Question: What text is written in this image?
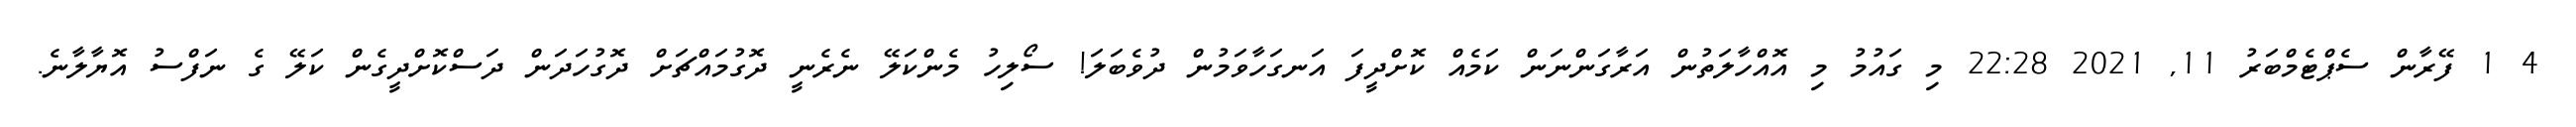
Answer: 4 1 ފޭރާން ސެޕްޓެމްބަރު 11, 2021 22:28 މި ގައުމު މި އޮއްހާލަތުން އަރާގަންނަން ކަމެއް ކޮށްދީފަ އަނގަހާވަމުން ދުވެބަލަ! ސޯލިހު މެންކަލޭ ނެރެނީ ދޮގުމައްޗަށް ދޮގުހަދަން ދަސްކޮށްދީގެން ކަލޭ ގެ ނަފްސު އޮޔާލާނެ.